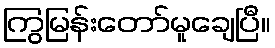
ကြွမြန်းတော်မူချေပြီ။